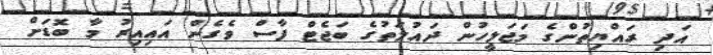
އަދި ރައްޔިތުންގެ މަޖަލީހުން ދައުލަތުގެ ބަޖެޓް ފާސް ވެގެން އައިއިރު މާ ބޮޑަށް